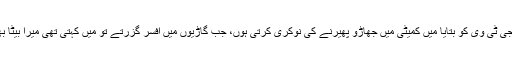
لبھا مسیح کی والدہ نے نجی ٹی وی کو بتایا میں کمیٹی میں جھاڑو پھیرنے کی نوکری کرتی ہوں، جب گاڑیوں میں افسر گزرتے تو میں کہتی تھی میرا بیٹا بھی اسی طرح گزرے گا۔